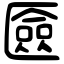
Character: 匳